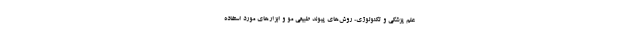
علم پزشکی و تکنولوژی، روش‌های پیوند طبیعی مو و ابزارهای مورد استفاده